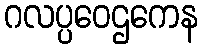
ဂလပ္ပဝေဌကေန